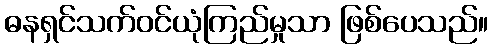
ဓနရှင်သက်ဝင်ယုံကြည်မှုသာ ဖြစ်ပေသည်။